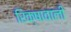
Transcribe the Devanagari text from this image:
रिक्षावाली